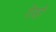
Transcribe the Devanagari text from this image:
देरही